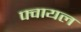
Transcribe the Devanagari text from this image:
फ्वायल